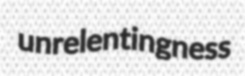
unrelentingness